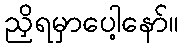
ညှိရမှာပေါ့နော်။